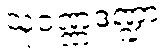
သုဝဏ္ဏဒဏ္ဍာ